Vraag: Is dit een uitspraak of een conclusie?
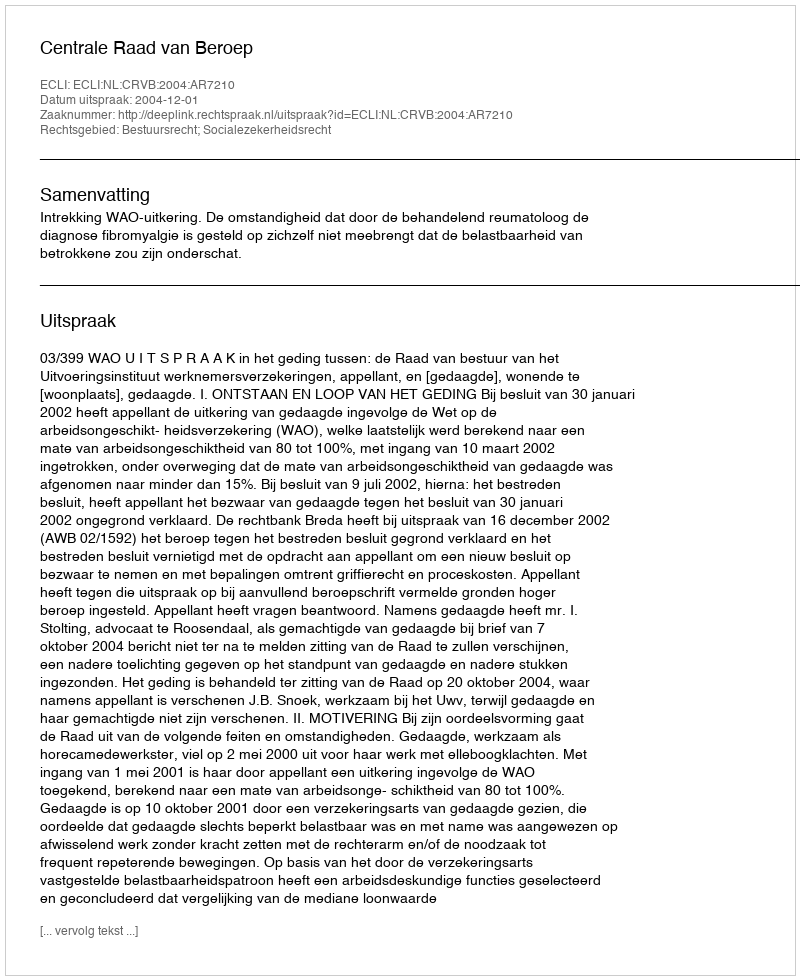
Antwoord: Uitspraak